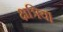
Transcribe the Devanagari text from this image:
क्षत्रिय।